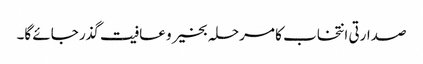
صدارتی انتخاب کا مرحلہ بخیر و عافیت گذر جائے گا۔